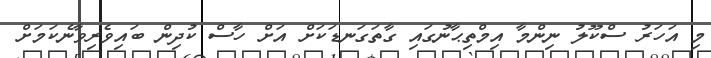
މި އަހަރު ސްކޫލު ނިންމާ އިމްތިޙާނުގައި ގާތަގަނޑަކަށް އަށް ހާސް ކުދިން ބައިވެރިވާނެކަމަށް